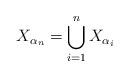
LaTeX: \begin{align*}X_{\alpha_{n}} = \bigcup_{i=1}^{n} X_{\alpha_{i}}\end{align*}